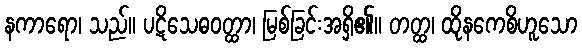
နကာရော၊ သည်။ ပဋိသေဓဝတ္ထာ၊ မြစ်ခြင်းအရှိ၏။ တတ္ထ၊ ထိုနကေစိဟူသော